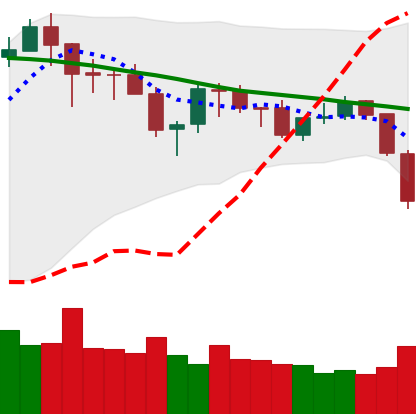
Ticker: ETH-USD
Chart end date: 2018-05-23
Forward return: -11.575%
Label: down_7plus